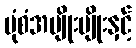
ပုံစံအမျိုးမျိုးနှင့်